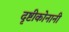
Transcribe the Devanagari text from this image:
दृष्टीकोनानी